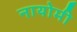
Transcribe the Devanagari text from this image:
नायोमी